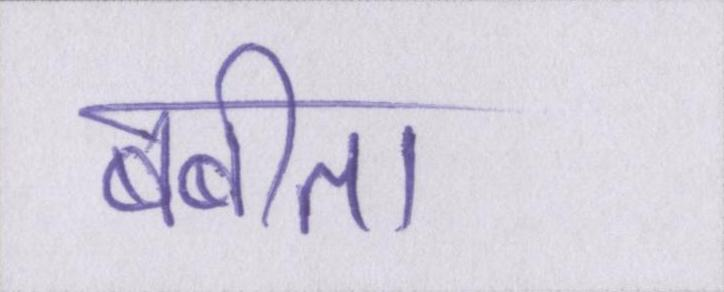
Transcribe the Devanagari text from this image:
बबीता